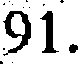
91.